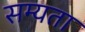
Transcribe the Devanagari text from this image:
सम्यता